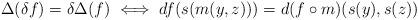
LaTeX: \begin{align*}\Delta(\delta f)=\delta\Delta(f)\iff df(s(m(y,z)))=d(f\circ m)(s(y),s(z))\end{align*}